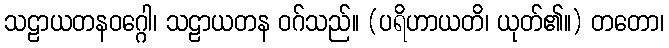
သဠာယတနဝဂ္ဂေါ၊ သဠာယတန ဝဂ်သည်။ (ပရိဟာယတိ၊ ယုတ်၏။) တတော၊